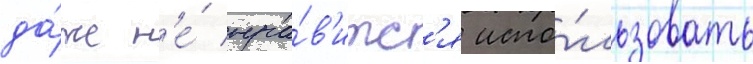
да́же н'е́ нра́в'итс'я испо́льзовать